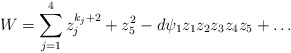
\begin{align*} W = \sum_{j=1}^4 z_j^{k_j+2} + z_5^2 - d \psi_1 z_1z_2z_3z_4z_5 + \dots\end{align*}